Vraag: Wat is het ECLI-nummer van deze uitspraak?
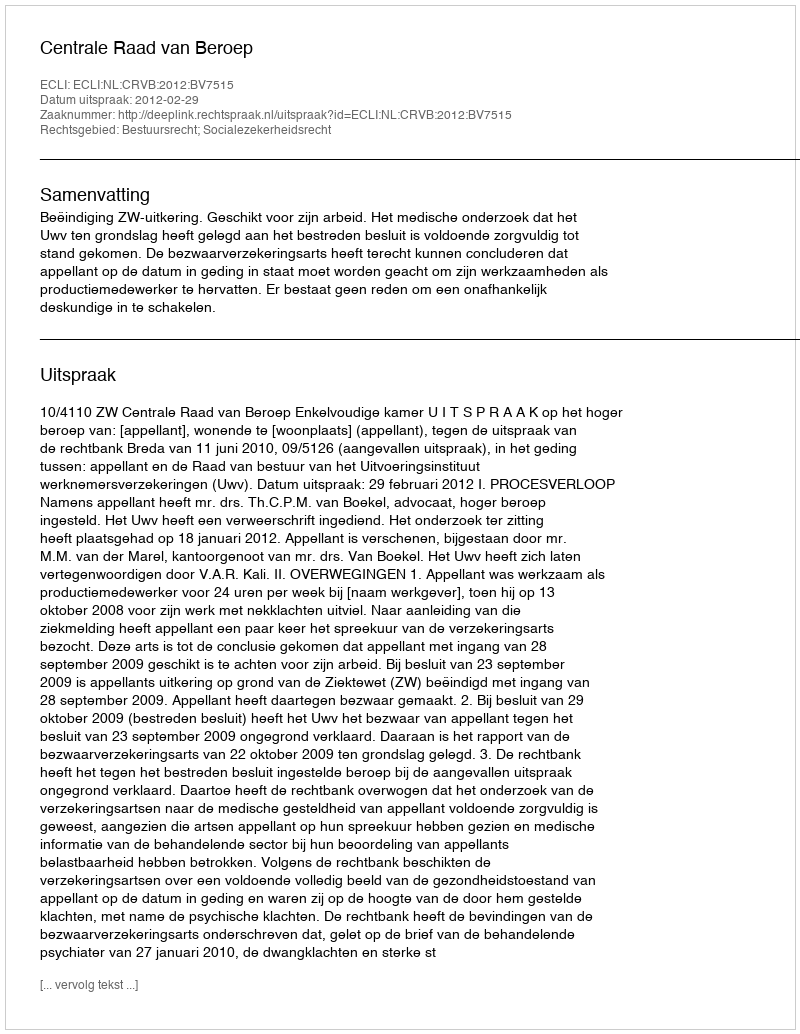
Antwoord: ECLI:NL:CRVB:2012:BV7515